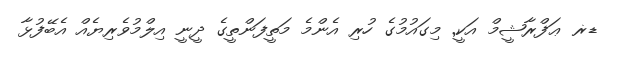
ޑޜ ޢަފްރާޝީމް އަކީ